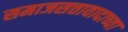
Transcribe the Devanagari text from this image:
समाजसत्तावादाच्या